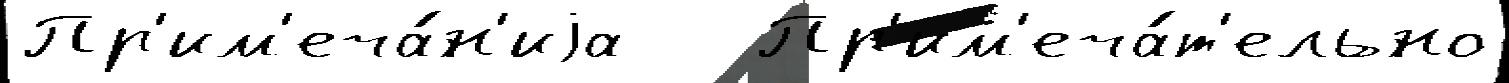
Пр'им'еча́н'иjа   Пр'им'еча́т'ельно